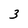
Character: 3